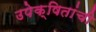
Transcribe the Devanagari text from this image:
उपेक्षितांची